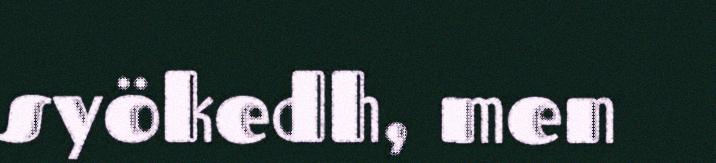
syökedh, men